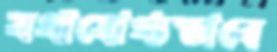
যথাযোগ্যভাবে